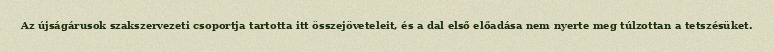
Az újságárusok szakszervezeti csoportja tartotta itt összejöveteleit, és a dal első előadása nem nyerte meg túlzottan a tetszésüket.